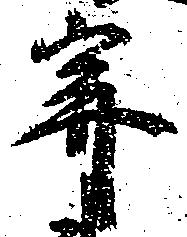
寄